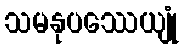
သမနုပဿေယျုံ